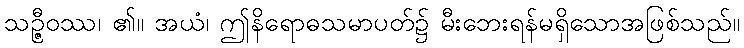
သဉ္ဇီဝဿ၊ ၏။ အယံ၊ ဤနိရောဓသမာပတ်၌ မီးဘေးရန်မရှိသောအဖြစ်သည်။